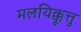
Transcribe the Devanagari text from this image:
मलयिक्कूत्तु